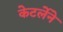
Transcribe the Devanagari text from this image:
केटर्लेने